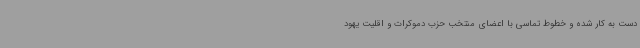
دست به کار شده و خطوط تماسی با اعضای منتخب حزب دموکرات و اقلیت یهود